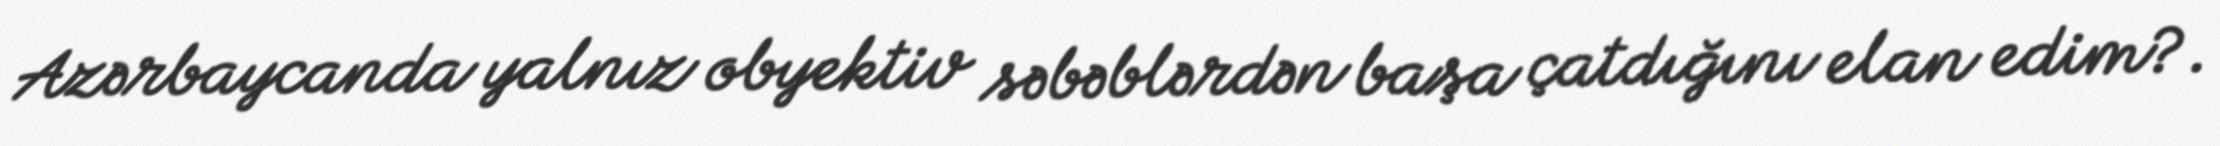
Azərbaycanda yalnız obyektiv səbəblərdən başa çatdığını elan edim?.